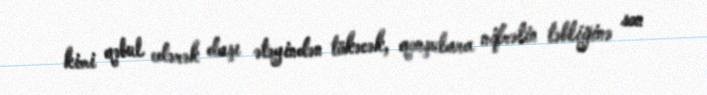
kimi qəbul edərək daşı ətəyindən tökəcək, qonşulara nifrətin təbliğinə son